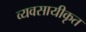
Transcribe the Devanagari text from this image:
व्यवसायीकृत